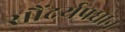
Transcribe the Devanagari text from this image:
सौंदर्यप्रधान